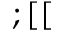
; [ [